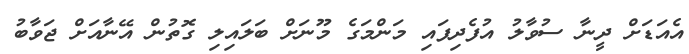
އެއަޑަށް ދީނާ ސުވާލު އުފެދިފައި މަންމަގެ މޫނަށް ބަލައިލި ގޮތުން އޭނާއަށް ޖަވާބު